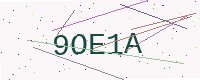
Text: 9OE1A